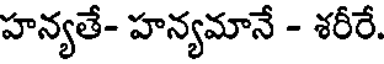
హన్యతే- హన్యమానే - శరీరే.